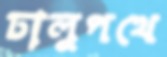
ঢালুপথে